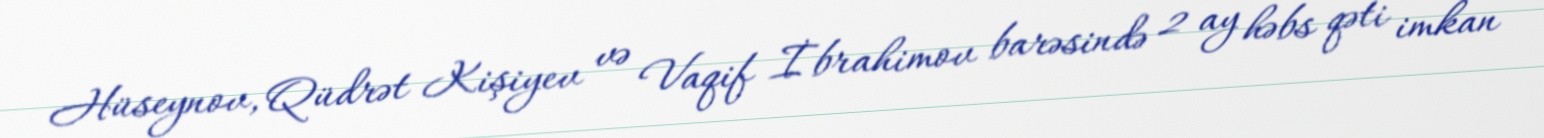
Hüseynov, Qüdrət Kişiyev və Vaqif İbrahimov barəsində 2 ay həbs qəti imkan